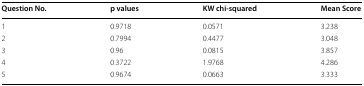
| Question No. | p values | KW chi-squared | Mean Score |
 | --- | --- | --- | --- |
 | 1 | 0.9718 | 0.0571 | 3.238 |
 | 2 | 0.7994 | 0.4477 | 3.048 |
 | 3 | 0.96 | 0.0815 | 3.857 |
 | 4 | 0.3722 | 1.9768 | 4.286 |
 | 5 | 0.9674 | 0.0663 | 3.333 |